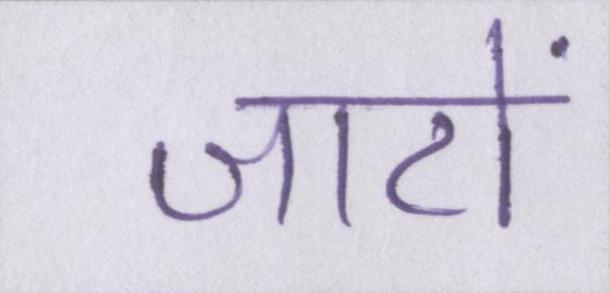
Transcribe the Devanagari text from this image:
जाटों